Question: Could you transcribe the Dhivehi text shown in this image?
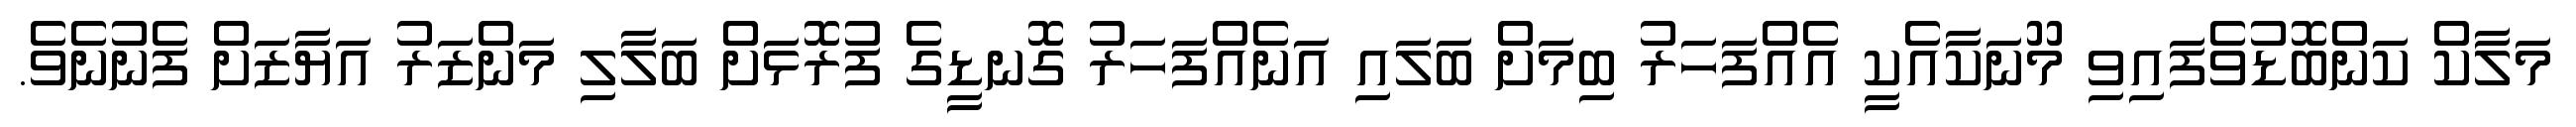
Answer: މަލާކް ކަންބޮޑުވެފައިވި މޫނަކާއެކީ އެއްފަހަރު ބިމަށް ބަލައި އަނެއްފަހަރު ގޮނޑީގެ ފުރޮޅަށް ބަލާލި މަންޒަރު އަޔާޒަށް ފެނުނެވެ.